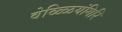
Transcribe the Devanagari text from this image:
वेळ्ळियंगिरि